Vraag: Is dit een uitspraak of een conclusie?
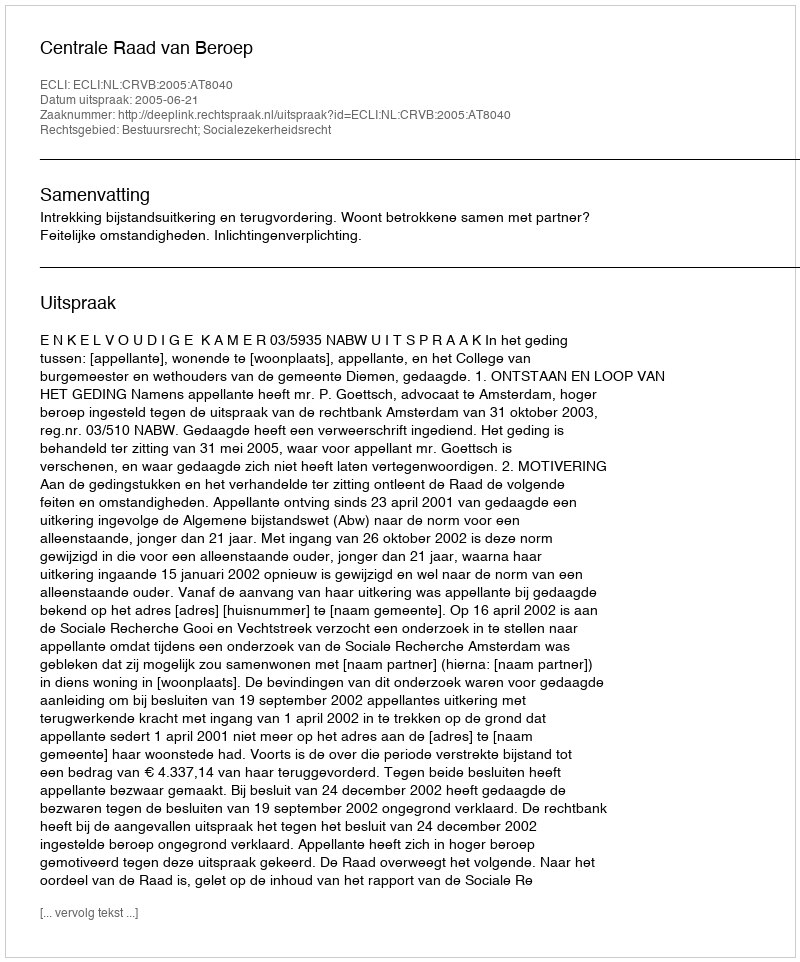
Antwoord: Uitspraak